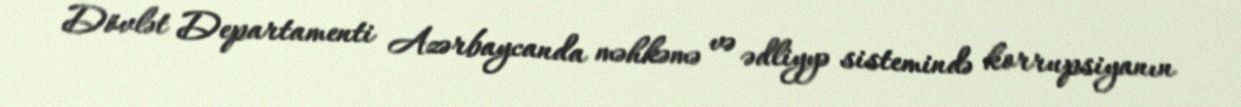
Dövlət Departamenti Azərbaycanda məhkəmə və ədliyyə sistemində korrupsiyanın